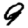
Digit: 9